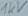
Text: 1kV